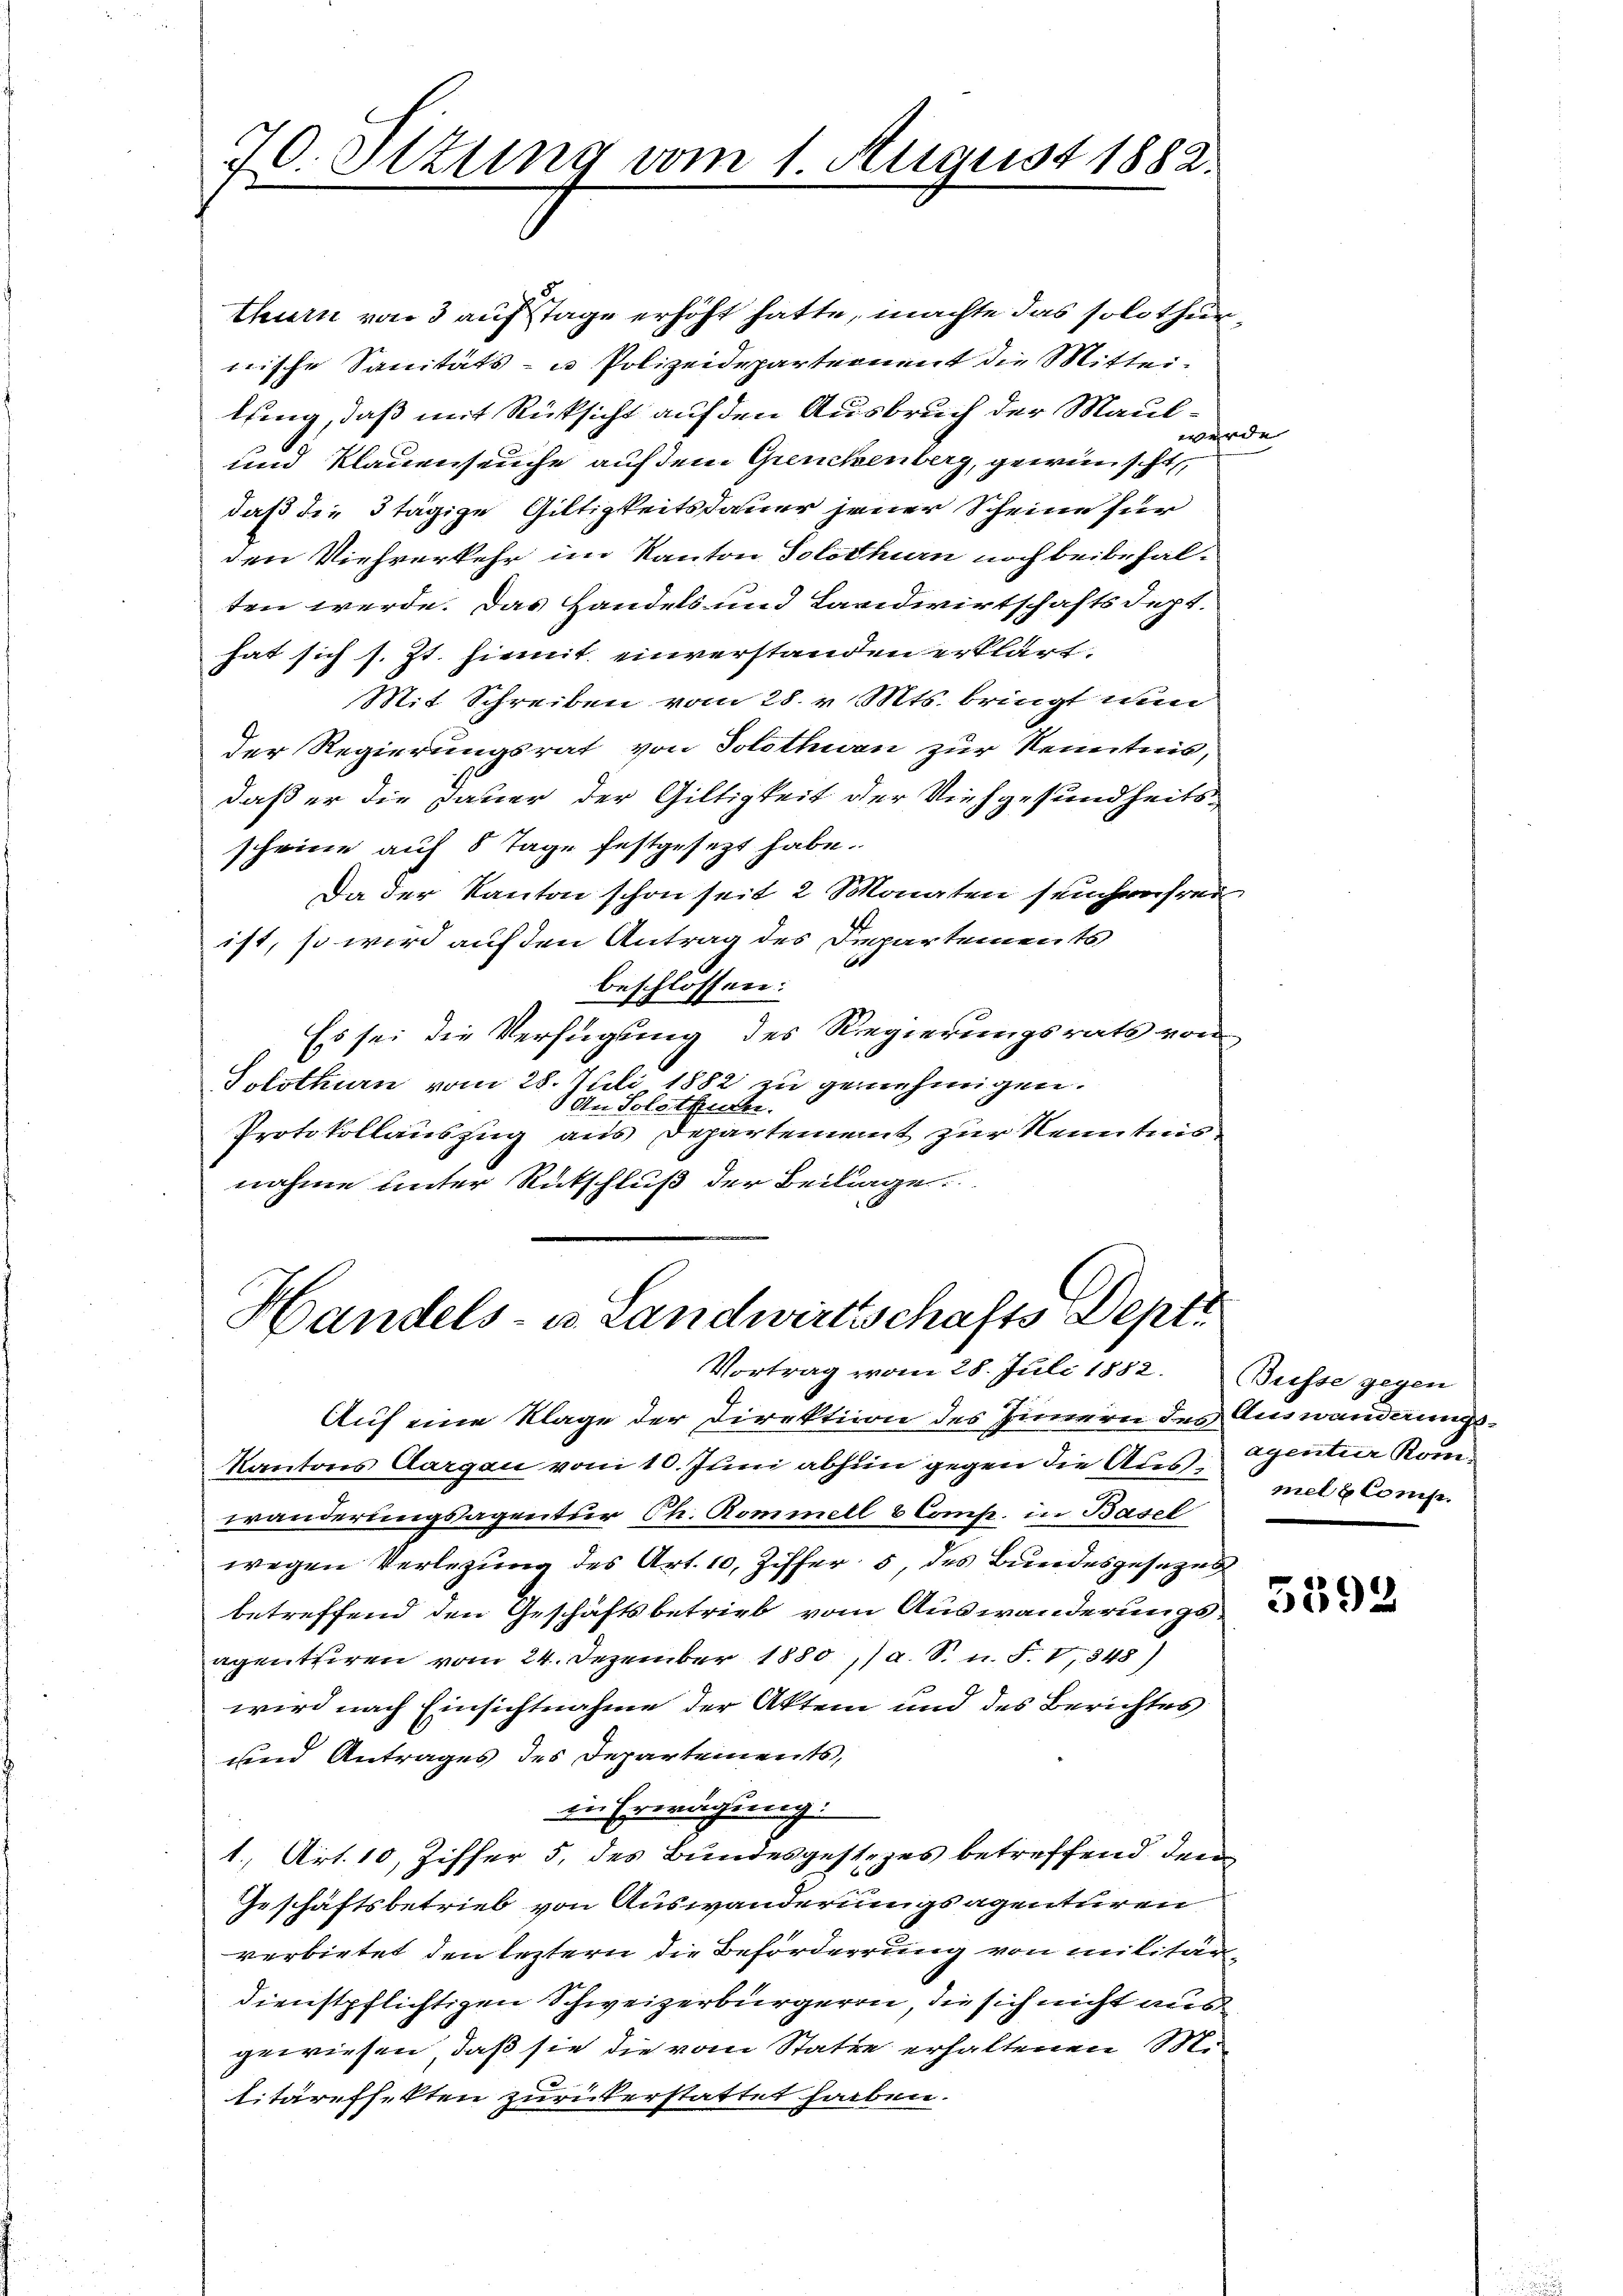
70. Ottung vom 1. August 1882.

thurn von 3 aufstage erhöht hatte, machte das solothurnische Sanitäts- u Polizeidepartement die Mittei-
lfing, daß mit Rücksicht auf den Ausbruch der Maul-
werde |
und Klauenseuche auf dem Greuchenberg, gewünscht,
daß die 3tägige Giltigkeitsdauer jener Scheine für
den Viehverkehr im Kanton Solothurn noch beibehalten werde. Das Handels und Landwirtschaftsdept.
hat sich s. Zt. hiemit einverstanden erklärt.
Mit Schreiben vom 28. v. Mts. bringt nun
Der Regierungsrat von Solothurn zur Kenntnis,
daß er die Daher der Giltigkeit der Viehgesundheitsscheine auf 8 Tage festgesezt habe.
Da der Kanton schon seit 2 Monaten seuchenfrei
ist, so wird auf den Antrag des Departements
beschlossen:
Es sei die Verfügung des Regierungsrats von
Solothurn vom 28. Juli 1882 zu genehmigen.
An Solothurer.
Protokollauszug aus Departement zur Kenntnis
nahme unter Rutschluß der Beilage.

Handels- u. Landwirtschafts-Depti
Vortrag vom 28. Juli 1882. Busse gegen

Auf eine Klage der Direktion des Innern des Auswanderungs¬
Kantons Aargau vom 10. Juni abhin gegen die Ausmal 2 Comp.
wanderungsagentur Ch. Rommell 6 Comp. in Basel
wegen Verlegung des Art. 10, Ziffer, 5 des Bundesgesezes
betreffend den Geschäftsbetrieb vom Auswanderungsagentiren vom 24. Dezember 1880, a. S. u. F. V, 345)
wird nach Einsichtnahme der Aktem und des Berichtes
und Antrages des Departements,
in Erwägung:
1., Art. 10, Ziffer 5. des Bundesgestezes betreffend dem
Geschäftsbetrieb von Auswanderungsagenturen
verbietet, den leztern die Beförderrung von militärdienstpflichtigen Schweizerbürgeren, die sich nicht aus
gewiesen, daß sie die vom Statte erhaltenen Mi
litäreffekten zurükerstattet haben.

agentier Kom

a
3592